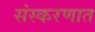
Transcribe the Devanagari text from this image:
संस्करणात